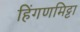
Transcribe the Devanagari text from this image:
हिंगणमिट्टा